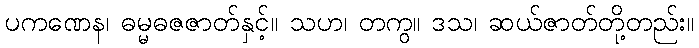
ပကဏေန၊ ဓမ္မဓဇဇာတ်နှင့်။ သဟ၊ တကွ။ ဒသ၊ ဆယ်ဇာတ်တို့တည်း။